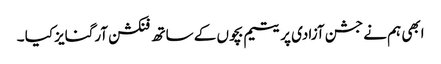
ابھی ہم نے جشن آزادی پر یتیم بچوں کے ساتھ فنکشن آرگنایز کیا ۔